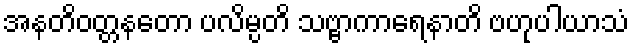
အနတိဝတ္တနတော ပလိမ္ပတိ သဗ္ဗာကာရေနာတိ ဗဟုပါယာသံ